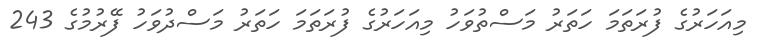
މިއަހަރުގެ ފުރަތަމަ ހަތަރު މަސްތުވަހު މިއަހަރުގެ ފުރަތަމަ ހަތަރު މަސްދުވަހު ފޭރުމުގެ 243